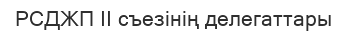
РСДЖП II съезінің делегаттары